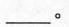
___。